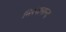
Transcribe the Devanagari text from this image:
निरंजनान्द